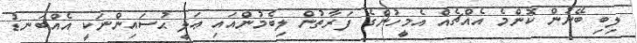
ލިބި ބޭނުން ކޮންމެ އެއްޗެއް އެމީހުންގެ ފަރާތުން ލިބެމުންއައި ޢަލީ ޙުސައިންނަކީ އެއްބަނޑު